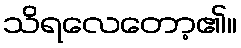
သိရလေတော့၏။